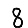
Digit: 8